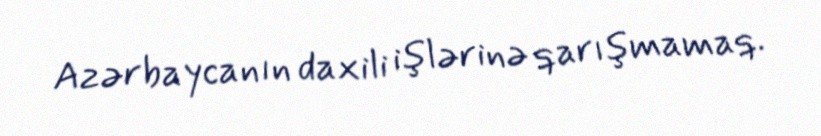
Azərbaycanın daxili işlərinə qarışmamaq.